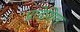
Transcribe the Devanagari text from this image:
प्रादेशित